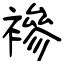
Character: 襂